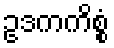
ဥဒကကိစ္စံ